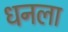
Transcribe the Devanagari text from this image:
धनला